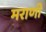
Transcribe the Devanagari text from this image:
मराणी